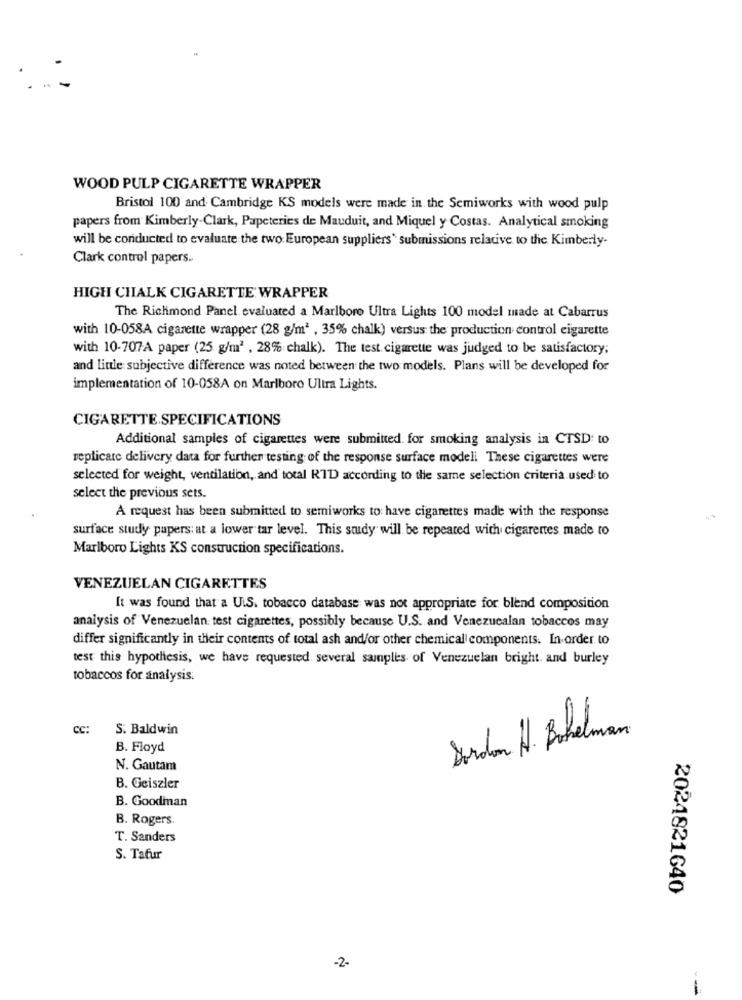
WOOD PULP CIGARETTE WRAPPER
Bristol 100 and Cambridge KS models were made in the Semiworks with wood pulp
papers from Kimberly-Clark, Papeteries de Mauduit, and Miquel y Costas. Analytical smoking
will be conducted to evaluate the two European suppliers' submissions relative to the Kimberly-
Clark control papers ..
HIGH CHALK CIGARETTE WRAPPER
The Richmond Panel evaluated a Marlboro Ultra Lights 100 model made at Cabarrus
with 10-058A cigarette wrapper (28 g/m2 , 35% chalk) versus the production control cigarette
with 10-707A paper (25 g/m2 , 28% chalk). The test cigarette was judged to be satisfactory;
and little subjective difference was noted between the two models. Plans will be developed for
implementation of 10-058A on Marlboro Ultra Lights.
CIGARETTE SPECIFICATIONS
Additional samples of cigarettes were submitted. for smoking analysis in CTSD: to
replicare delivery data for further testing of the response surface modell These cigarettes were
selected for weight, ventilation, and total RTD according to the same selection criteria used to
select the previous sets.
A request has been submitted to semiworks to have cigarettes made with the response
surface study papers: at a lower tar level. This study will be repeated with cigarettes made to
Marlboro Lights KS construction specifications.
VENEZUELAN CIGARETTES
It was found that a U.S. tobacco database was not appropriate for blend composition
analysis of Venezuelan test cigarettes, possibly because U.S. and Venezucalan tobaccos may
differ significantly in their contents of total ash and/or other chemical components. In order to
test this hypothesis, we have requested. several samples of Venezuelan bright. and burley
tobaccos for analysis.
CC:
S. Baldwin
Jordan H. Bokelman
B. Floyd
N. Gautam
B. Geiszler
B. Goodman
B. Rogers.
T. Sanders
S. Tafur
2024821640
-2-
1